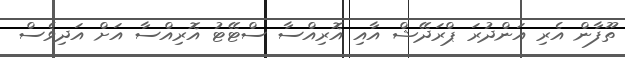
ތޫފާން އެރި އަންދުރަ ޕްރަދޭޝް އާއި އޮރިއްސާ ސްޓޭޓު އޮރިއްސާ އަށް އަދިވެސް